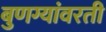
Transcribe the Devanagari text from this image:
बुणग्यांवरती